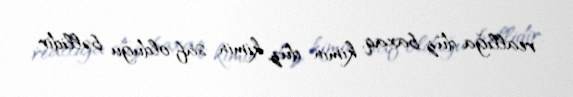
reallığa düz baxaq, kimin düz, kimin saf olduğu bəllidir.